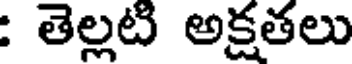
: తెల్లటి అక్షతలు